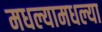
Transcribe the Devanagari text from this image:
मधल्यामधल्या